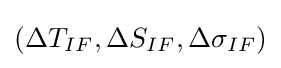
(\Delta T_{IF},\Delta S_{IF},\Delta \sigma _{IF})